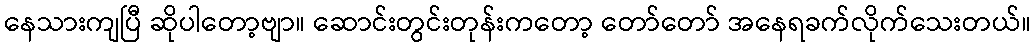
နေသားကျပြီ ဆိုပါတော့ဗျာ။ ဆောင်းတွင်းတုန်းကတော့ တော်တော် အနေရခက်လိုက်သေးတယ်။